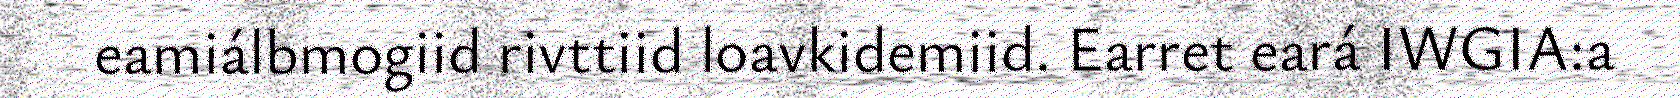
eamiálbmogiid rivttiid loavkidemiid. Earret eará IWGIA:a